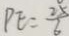
P E = \frac { 2 5 } { 6 }